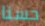
حسنا